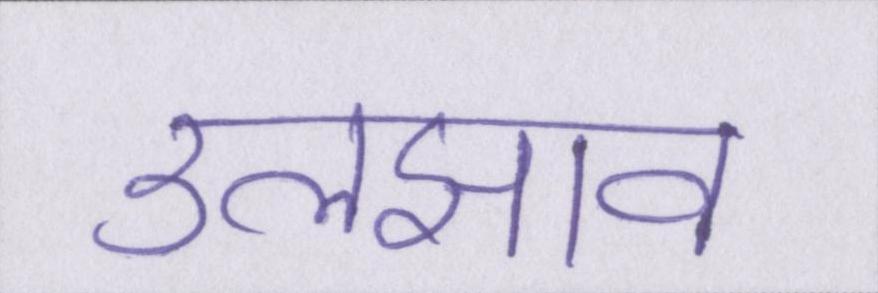
उलझाव